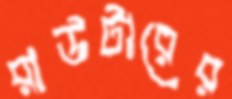
রাউটারের